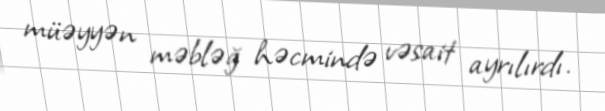
müəyyən məbləğ həcmində vəsait ayrılırdı.